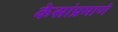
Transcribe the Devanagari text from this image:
केसांप्रमाणे